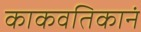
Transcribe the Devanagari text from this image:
काकवतिकानं